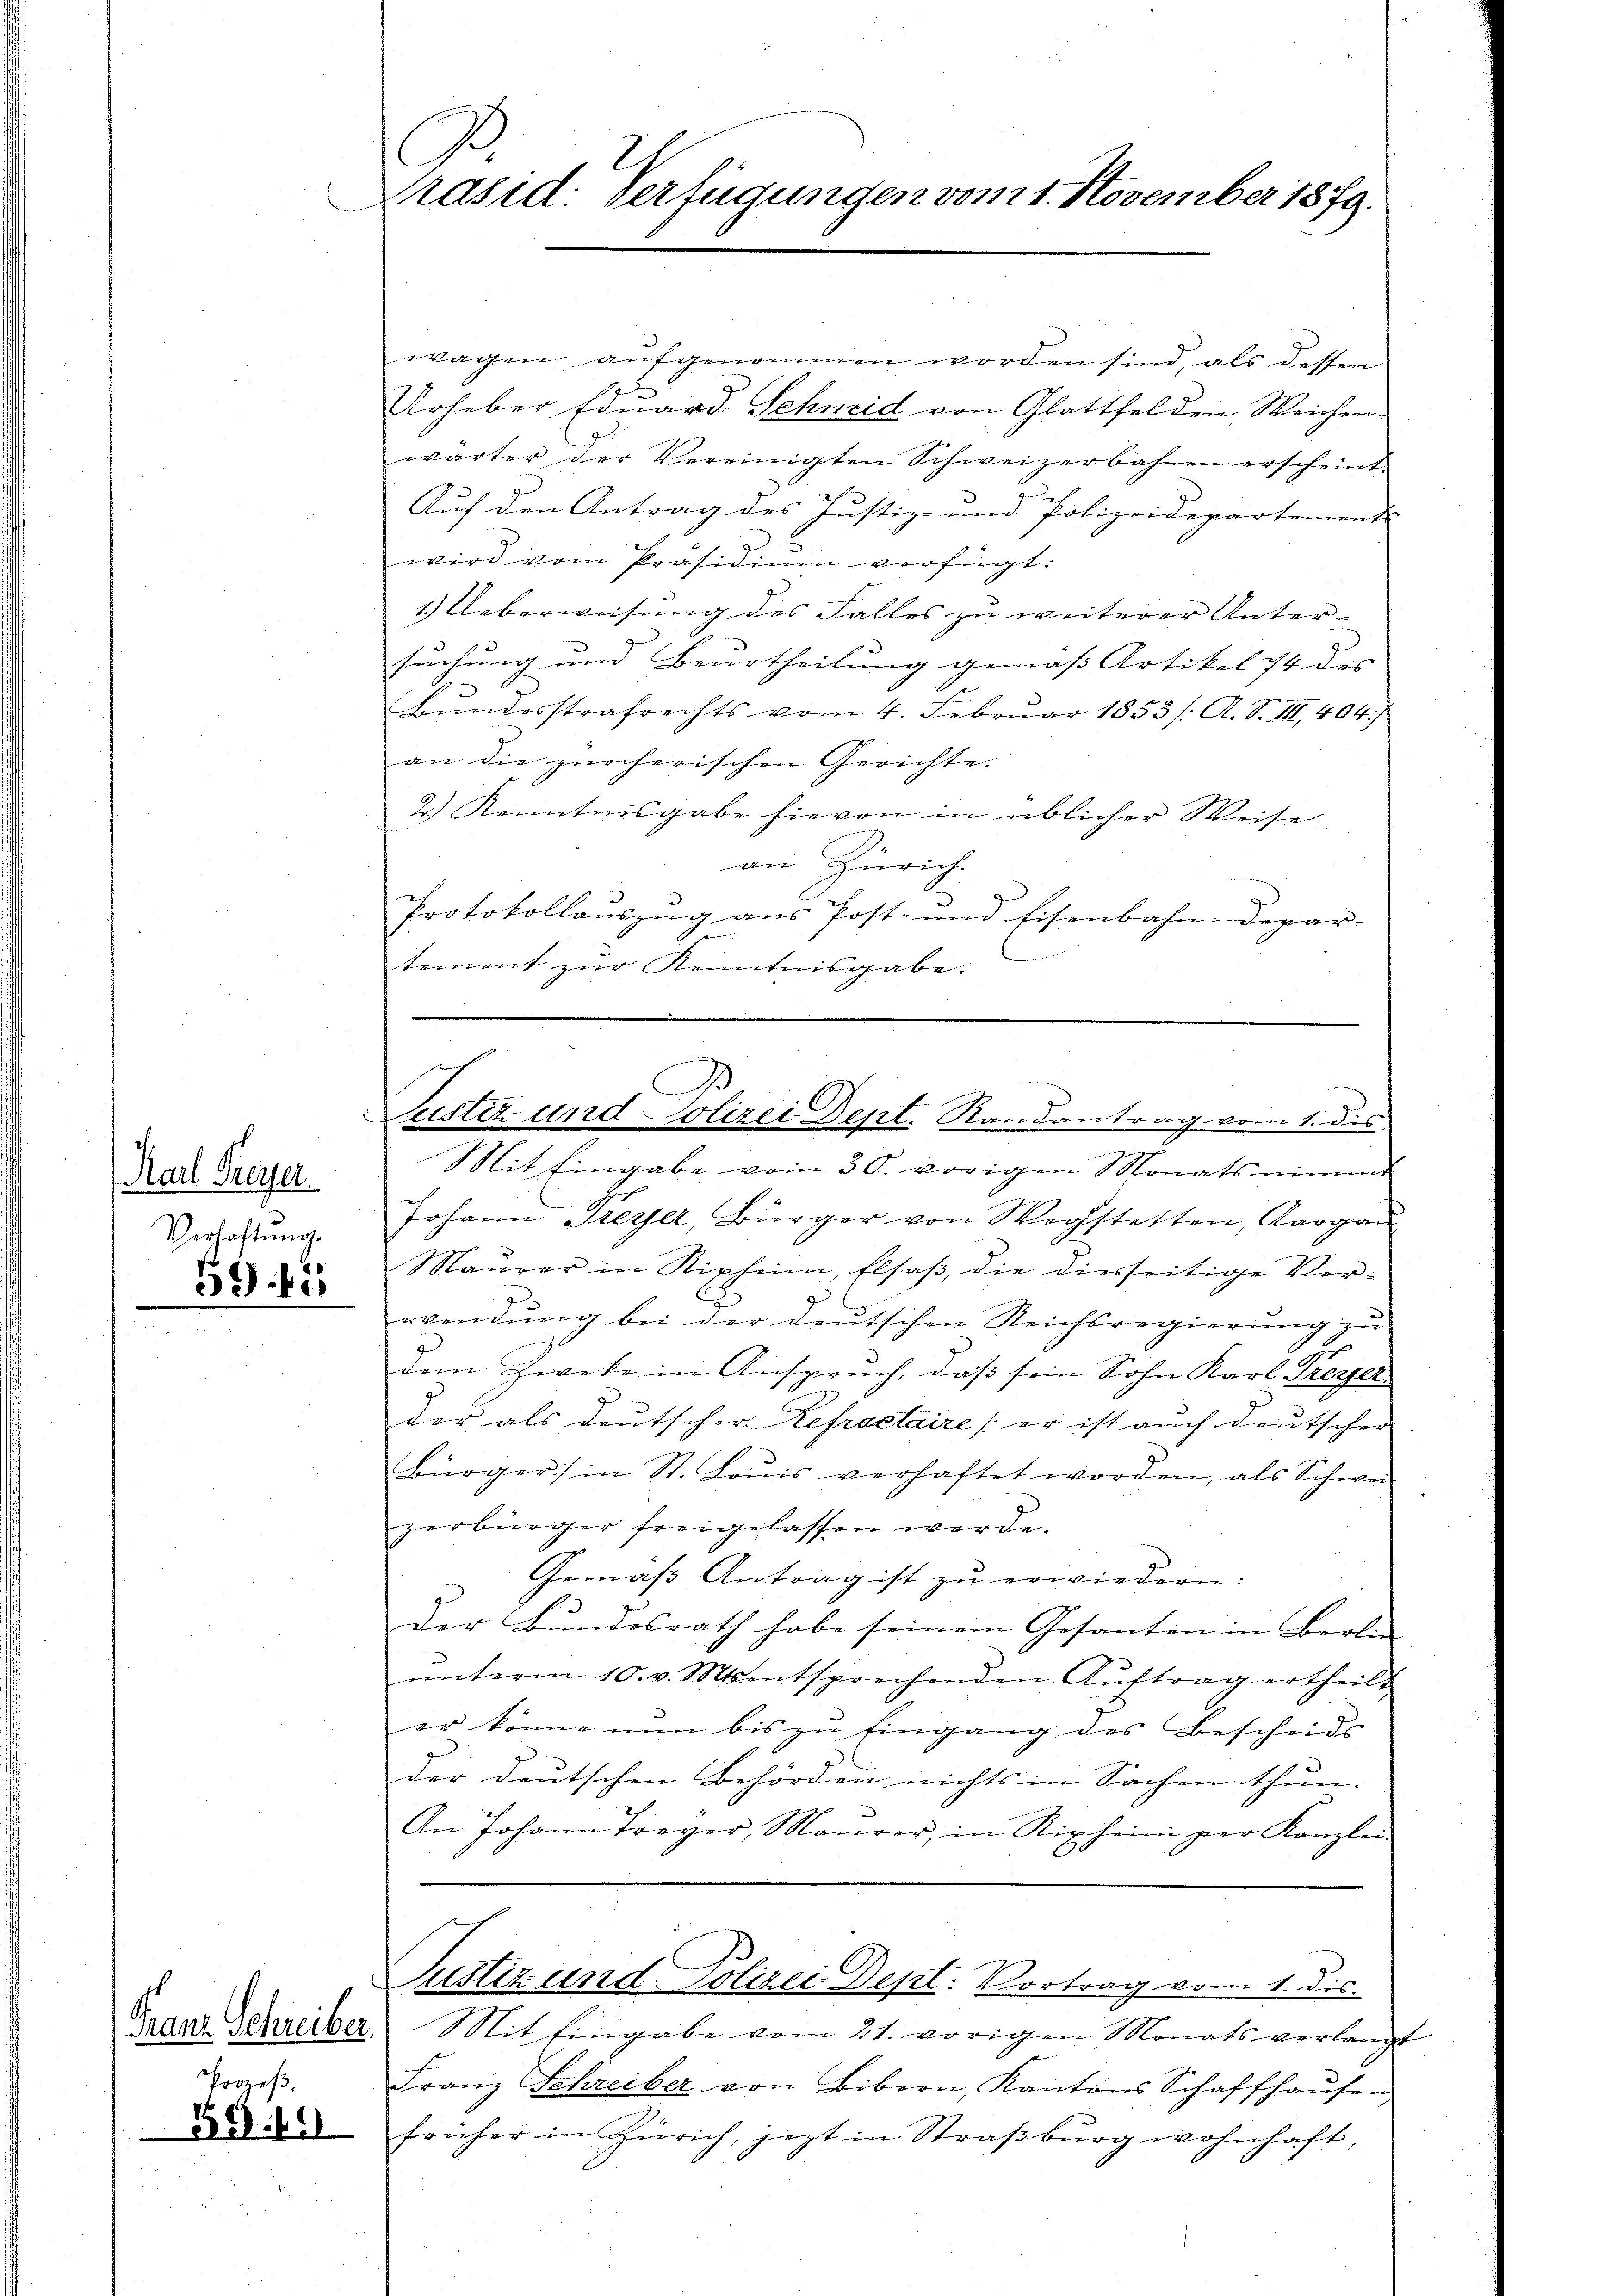
Karl Freyer
Verhaftung.
39. 42

Prozeß.
39.10

C
Präsid: Verfügungen vom 1. November 1879.

wagen, aufgenommen worden sind, als dessen
Urheber Eduard Schneid von Glattfelden, Weichenwärter der Vereinigten Schweizerbahnen erscheint.
Auf den Antrag des Justiz- und Polizeidepartement
wird vom Präsidiŭm verfügt:
1.) Ueberweisung des Falles zu weiterer Unter-
suchung und Beurtheilung gemäß Artikel 14 des
Bundesstrafrechts vom 4. Februar 1853 /: A. S. III., 404)
an die zürcherischen Gerichte.
2.) Kenntnisgabe hievon in üblicher Weise
an Zürich.
Protokollaŭszŭg ans Post- und Eisenbahn-Depar-
d
tement zŭr Kenntnisgabe.

)
Justiz- und Polizei Dept. Randantrag vom 1. dis

Mit Eingabe vom 30. vorigen Monats nimmt
Johann Freyer, Bürger von Wegstetten, Aargau
Maurer in Ripheim, Elsaß, die diesseitige Verwendung bei der deutschen Reichsregierung zu
.
dem Zweke in Anspruch, daβ sein Sohn Karl Freyer
der als deutscher Refroetaire er ist auch deutscher
Bürger) in St. Loŭis verhaftet worden, als Schwer
zerbürger freigelassen werde.
Gemäβ Antrag ist zŭ erwiedern:
der Bŭndesrath habe seinem Gesanten in Berli
ŭnterm 10. v. Mts. entsprechenden Aŭftrag ertheilt
er könne nun bis zu Eingang des Bescheids
der deutschen Behörden nichts in Sachen thun. |
An Johann Trager, Maŭrer, in Ripheimi per Kanzlei-

Justiz und Polizei Dept: Vortrag vom 1. dis
Franz Schreiber Mit Eingabe vom 21. vorigen Monats verlangt

Franz Schreiber von Bibern, Kantons Schaffhausen,
früher in Zürich, jezt in Straßburg wohnhaft,